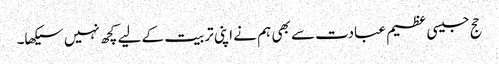
حج جیسی عظیم عبادت سے بھی ہم نے اپنی تربیت کے لیے کچھ نہیں سیکھا۔